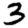
Digit: 3